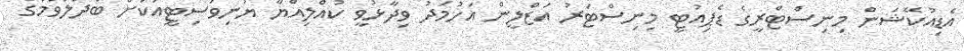
އެޑިއުކޭޝަން މިނިސްޓްރީގެ ޑެޕިއުޓީ މިނިސްޓަރު އަޒްލީން އަހުމަދު ވިދާޅުވީ ކުއްލިއްޔާ ޔުނިވަސިޓީއަކަށް ބަދަލުވުމުގެ